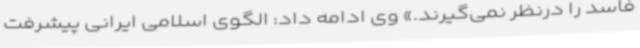
فاسد را درنظر نمی‌گیرند.» وی ادامه داد: الگوی اسلامی ایرانی پیشرفت